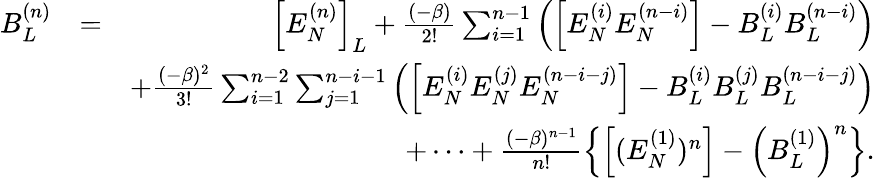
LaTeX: \begin{array}{rlr}{B_{L}^{(n)}}&{=}&{\Big[E_{N}^{(n)}\Big]_{L}+\frac{(-\beta)}{2!}\sum_{i=1}^{n-1}\left(\Big[E_{N}^{(i)}E_{N}^{(n-i)}\Big]-B_{L}^{(i)}B_{L}^{(n-i)}\right)}\\ &{}&{+\frac{(-\beta)^{2}}{3!}\sum_{i=1}^{n-2}\sum_{j=1}^{n-i-1}\left(\Big[E_{N}^{(i)}E_{N}^{(j)}E_{N}^{(n-i-j)}\Big]-B_{L}^{(i)}B_{L}^{(j)}B_{L}^{(n-i-j)}\right)}\\ &{}&{+\cdots+\frac{(-\beta)^{n-1}}{n!}\left\{ \Big[(E_{N}^{(1)})^{n}\Big]-\left(B_{L}^{(1)}\right)^{n}\right\} .}\end{array}